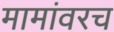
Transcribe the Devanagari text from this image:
मामांवरच